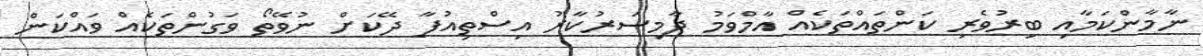
ނާމާންކަމާއި ބިރުވެރި ކަންތައްތަކެއް އާމްވަމު ދާމިސަރުކާރު އިސްތިއުފާ ދޭކަށް ނުވޭތޯ ވަގުންތަކެއް ވައްކަން